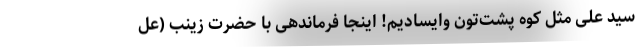
سید علی مثل کوه پشت‌تون وایسادیم! اینجا فرماندهی با حضرت زینب (عل